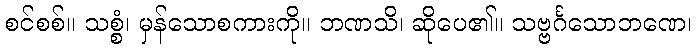
စင်စစ်။ သစ္စံ၊ မှန်သောစကားကို။ ဘဏသိ၊ ဆိုပေ၏။ သဗ္ဗင်္ဂသောဘဏေ၊